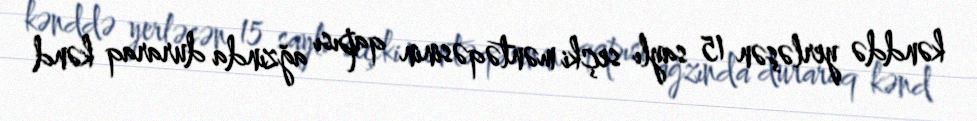
kənddə yerləşən 15 saylı seçki məntəqəsinin qapısı ağzında duraraq kənd